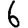
Digit: 6